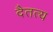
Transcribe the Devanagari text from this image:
दैतत्य